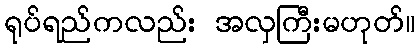
ရုပ်ရည်ကလည်း အလှကြီးမဟုတ်။